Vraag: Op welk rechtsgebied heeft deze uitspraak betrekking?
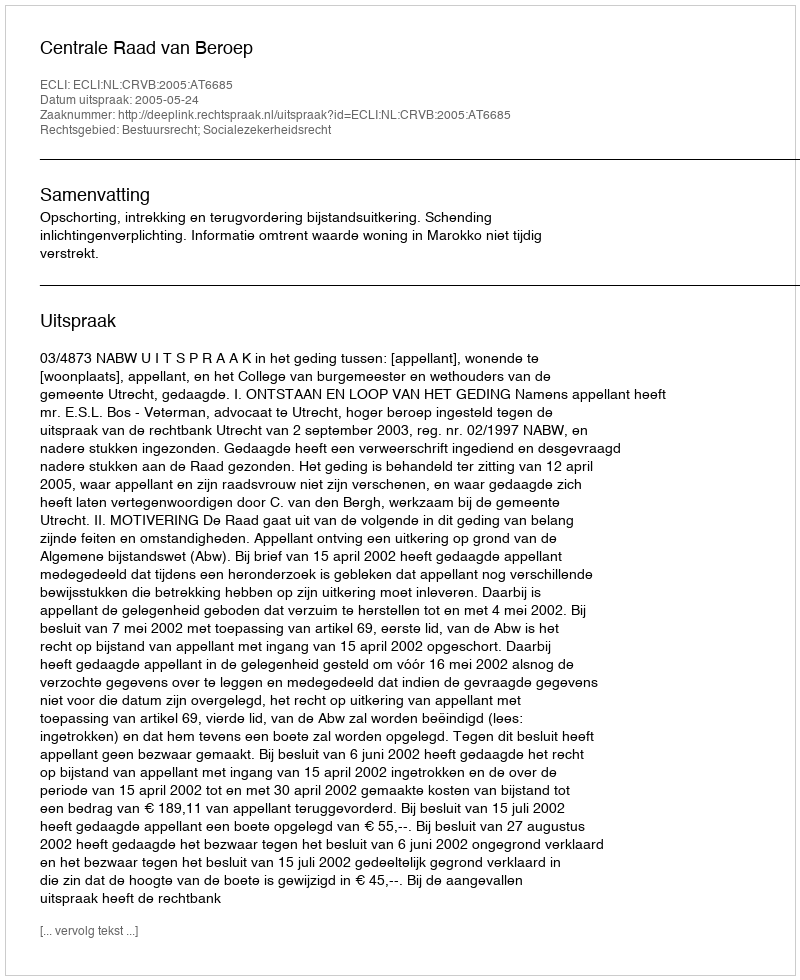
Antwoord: Bestuursrecht; Socialezekerheidsrecht